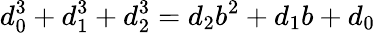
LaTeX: d_{0}^{3}+d_{1}^{3}+d_{2}^{3}=d_{2}b^{2}+d_{1}b+d_{0}